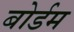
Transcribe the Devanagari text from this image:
बोर्डम